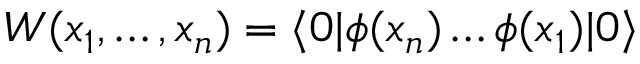
W ( x _ { 1 } , \dots , x _ { n } ) = \langle 0 | \phi ( x _ { n } ) \dots \phi ( x _ { 1 } ) | 0 \rangle